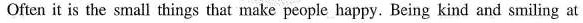
Often it is the small things that make people happy. Being kind and smiling at